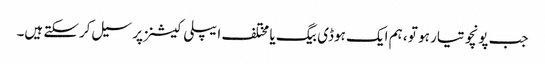
جب پونچو تیار ہو تو ، ہم ایک ہوڈی بیگ یا مختلف ایپلی کیشنز پر سیل کرسکتے ہیں۔